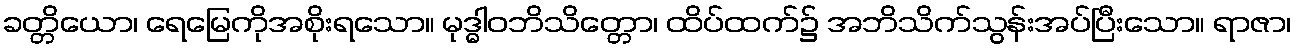
ခတ္တိယော၊ ရေမြေကိုအစိုးရသော။ မုဒ္ဓါဝဘိသိတ္တော၊ ထိပ်ထက်၌ အဘိသိက်သွန်းအပ်ပြီးသော။ ရာဇာ၊